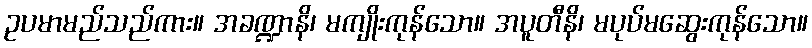
ဥပမာမည်သည်ကား။ အခဏ္ဍာနိ၊ မကျိုးကုန်သော။ အပူတီနိ၊ မပုပ်မဆွေးကုန်သော။